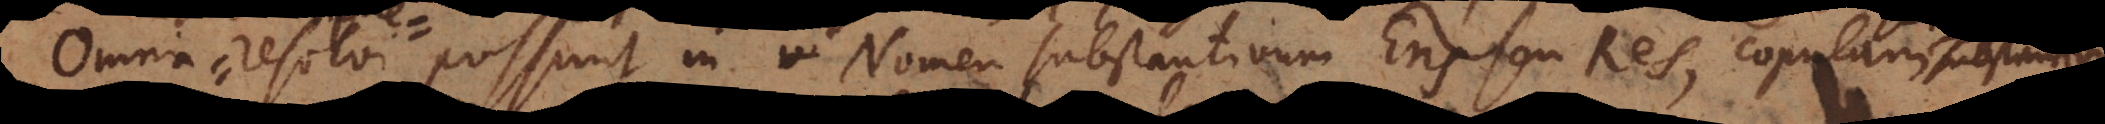
Omnia resolvi possunt in Nomen substantivum Ens seu Res, copul